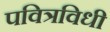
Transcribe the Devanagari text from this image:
पवित्रविधी